Annual administration report of the Civil Veterinary Department of India - 1905-1906
Year: 1905
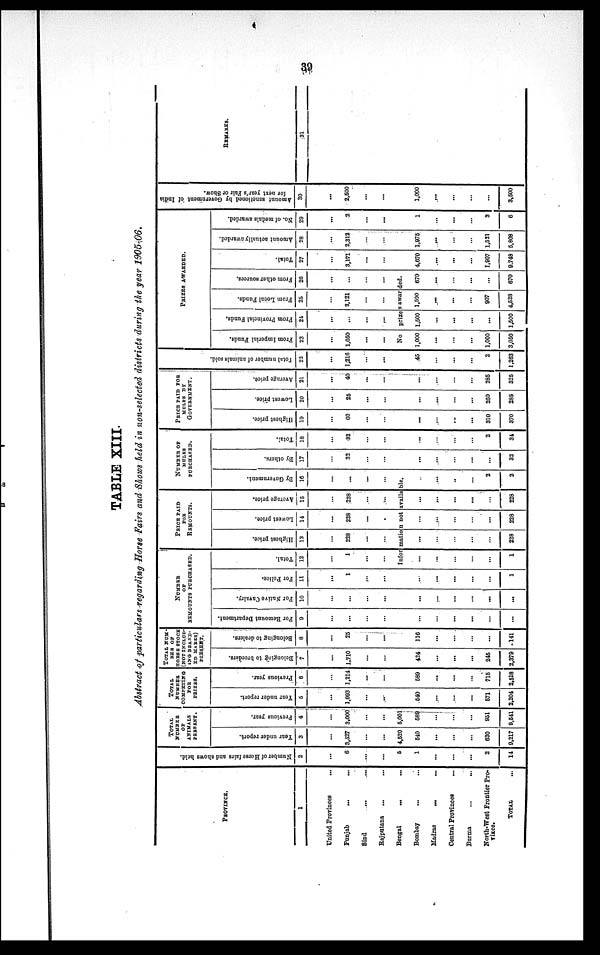
39
TABLE XIII.
Abstract of particulars regarding Horse Fairs and Shows held in non-selected districts during the year 1905-06.
PROVINCE.
1
United Provinces
...
Punjab
... ...
Sind ... ...
Rajputana ... ...
Bengal
... ...
Bombay ... ...
Madras
...
...
Central Provinces ...
Burma ... ...
North-West Frontier Pro¬
vince.
TOTAL ...
Number of Horse fairs and shows held.
2
...
6
...
...
5
1
...
...
...
2
14
TOTAL
NUMBER
OF
ANIMALS
PRESENT.
Year under report.
3
...
3,527
...
...
4,520
610
...
...
...
630
9,217
Previous year.
4
...
3,000
...
...
5,001
589
...
...
...
951
9,541
TOTAL
NUMBER
COMPRTING
FOR
PRIZES.
Year under report.
6
...
1,093
...
...
640
...
...
...
571
2,204
Previous year.
6
...
1,214
...
...
589
...
...
...
715
2,518
TOTAL NUM-
BER OF
HORSES STOCK
NOT INCLUD-
ING BRAND-
ED MARES)
PRESENT.
Belonging to breeders.
7
...
1,710
...
...
424
...
...
...
245
2,379
Belonging to dealers.
8
...
25
...
...
116
...
...
...
...
141
NUMBER
OF
REMOUNTS PURCHASED.
For Remount Department.
9
...
...
...
...
...
...
...
...
...
...
For Native Cavalry.
10
...
...
...
...
...
...
...
...
...
...
For Police.
11
...
1
...
...
...
...
...
...
...
1
Total.
12
...
1
...
...
PRICE PAID
FOR
REMOUNTS.
Highest price.
13
...
228
...
...
Lowest price.
14
...
228
...
...
Average price.
15
...
228
...
...
NUMBER OF
MULES
PURCHASED.
By Government.
16
...
...
...
...
Information not available.
...
...
...
...
...
1
...
...
...
...
...
228
...
...
...
...
...
228
...
...
...
...
...
228
...
...
...
...
2
2
By others.
17
...
32
...
...
...
...
...
...
...
32
Total.
18
...
32
...
...
...
...
...
...
2
34
PRICE PAID FOR
MOLES BY
GOVERNMENT.
Highest price.
10
...
00
...
...
...
...
...
...
310
370
Lowest price.
20
...
25
...
...
...
...
...
...
200
285
Average price.
21
...
40
...
...
...
...
...
...
285
325
Tot al number of animals sold.
22
...
1,216
...
...
45
...
...
...
2
1,263
PRIZES AWARDED.
From Imperial Funds.
23
...
1,050
...
...
From Provincial Funds.
24
...
...
...
From Local Funds.
25
...
2,121
...
...
From other sources.
26
...
...
...
...
No
prizes awarded.
1,000
...
...
...
1,000
3,050
1,500
...
...
...
...
1,500
1,590
...
...
...
907
4,528
670
...
...
...
...
670
Total.
27
...
3,171
...
...
4,670
...
...
...
1,907
9,748
Amount actually awarded.
28
...
2,312
...
...
1,975
...
...
...
1,521
5,808
No. of medals awarded.
29
...
2
...
...
1
...
...
...
3
6
Amount sanctioned by Government of India
for next year's Fair or Show.
30
...
2,500
...
...
1,000
...
...
...
...
3,500
REMARKS.
31